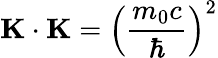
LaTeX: \mathbf{K}\cdot\mathbf{K}=\left({\frac{m_{0}c}{\hbar}}\right)^{2}